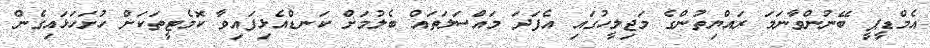
އެމްޑީޕީ ބޭނުންވާނަމަ ރައްޔިތުންގެ މަޖިލީހުގައި އެފަދަ މައްސަލަތައް ބެލުމަށް ކަނޑްއެޅިފައިވާ ކޮމެޓީތަކަށް ހުށަހަޅައިގެން